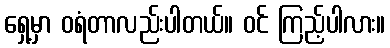
ရှေ့မှာ ဝရံတာလည်းပါတယ်။ ဝင် ကြည့်ပါလား။